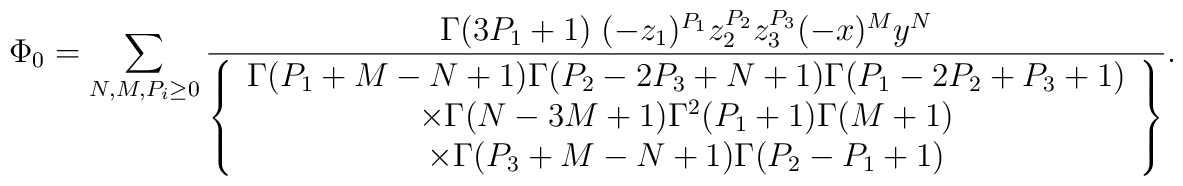
\Phi_0=\sum_{N,M,P_i\geq0}\frac{\Gamma(3P_1+1)\;(-z_1)^{P_1}z_2^{P_2}z_3^{P_3}(-x)^My^N}{\left\{\begin{array}{c}\Gamma(P_1+M-N+1)\Gamma(P_2-2P_3+N+1)\Gamma(P_1-2P_2+P_3+1)\\\times\Gamma(N-3M+1)\Gamma^2(P_1+1)\Gamma(M+1)\\\times\Gamma(P_3+M-N+1)\Gamma(P_2-P_1+1)\end{array}\right\}}.